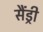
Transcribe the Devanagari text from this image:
सैंड्री